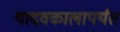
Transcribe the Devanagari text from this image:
यादवकालापर्यंत